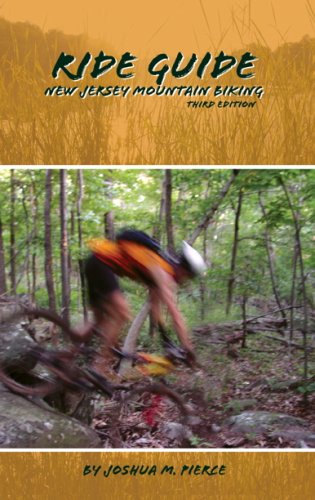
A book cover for Ride Guide New Jersey Mountain Biking; Joshua M. Pierce; Travel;